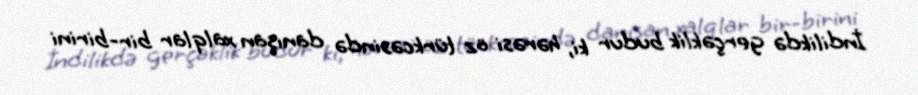
İndilikdə gerçəklik budur ki, hərəsi öz türkcəsində danışan xalqlar bir-birini